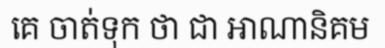
គេ ចាត់ទុក ថា ជា អាណានិគម